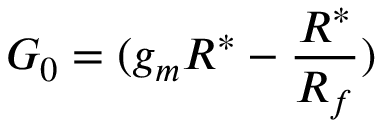
G _ { 0 } = ( g _ { m } R ^ { * } - \frac { R ^ { * } } { R _ { f } } )